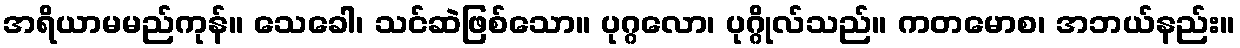
အရိယာမမည်ကုန်။ သေခေါ၊ သင်ဆဲဖြစ်သော။ ပုဂ္ဂလော၊ ပုဂ္ဂိုလ်သည်။ ကတမောစ၊ အဘယ်နည်း။